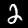
Digit: 2